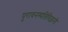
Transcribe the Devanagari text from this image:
पुरावनस्पतिविज्ञानी